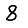
Digit: 8